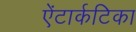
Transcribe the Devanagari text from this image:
ऐंटार्कटिका